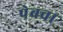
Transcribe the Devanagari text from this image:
पेबचा